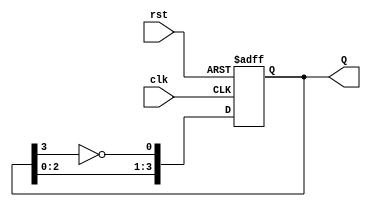
module johnson_counter #(
    parameter N = 4  // Number of flip-flops (stages)
) (
    input wire clk,    // Clock input
    input wire rst,    // Asynchronous reset
    output reg [N-1:0] Q // Counter output
);

// Internal signal for the inverted output of the last flip-flop
wire feedback;

// Assign feedback to the inverted output of the last flip-flop
assign feedback = ~Q[N-1];

always @(posedge clk or posedge rst) begin
    if (rst) begin
        // Asynchronous reset to 0
        Q <= 0;
    end else begin
        // Shift operation with feedback
        Q <= {Q[N-2:0], feedback};
    end
end

endmodule